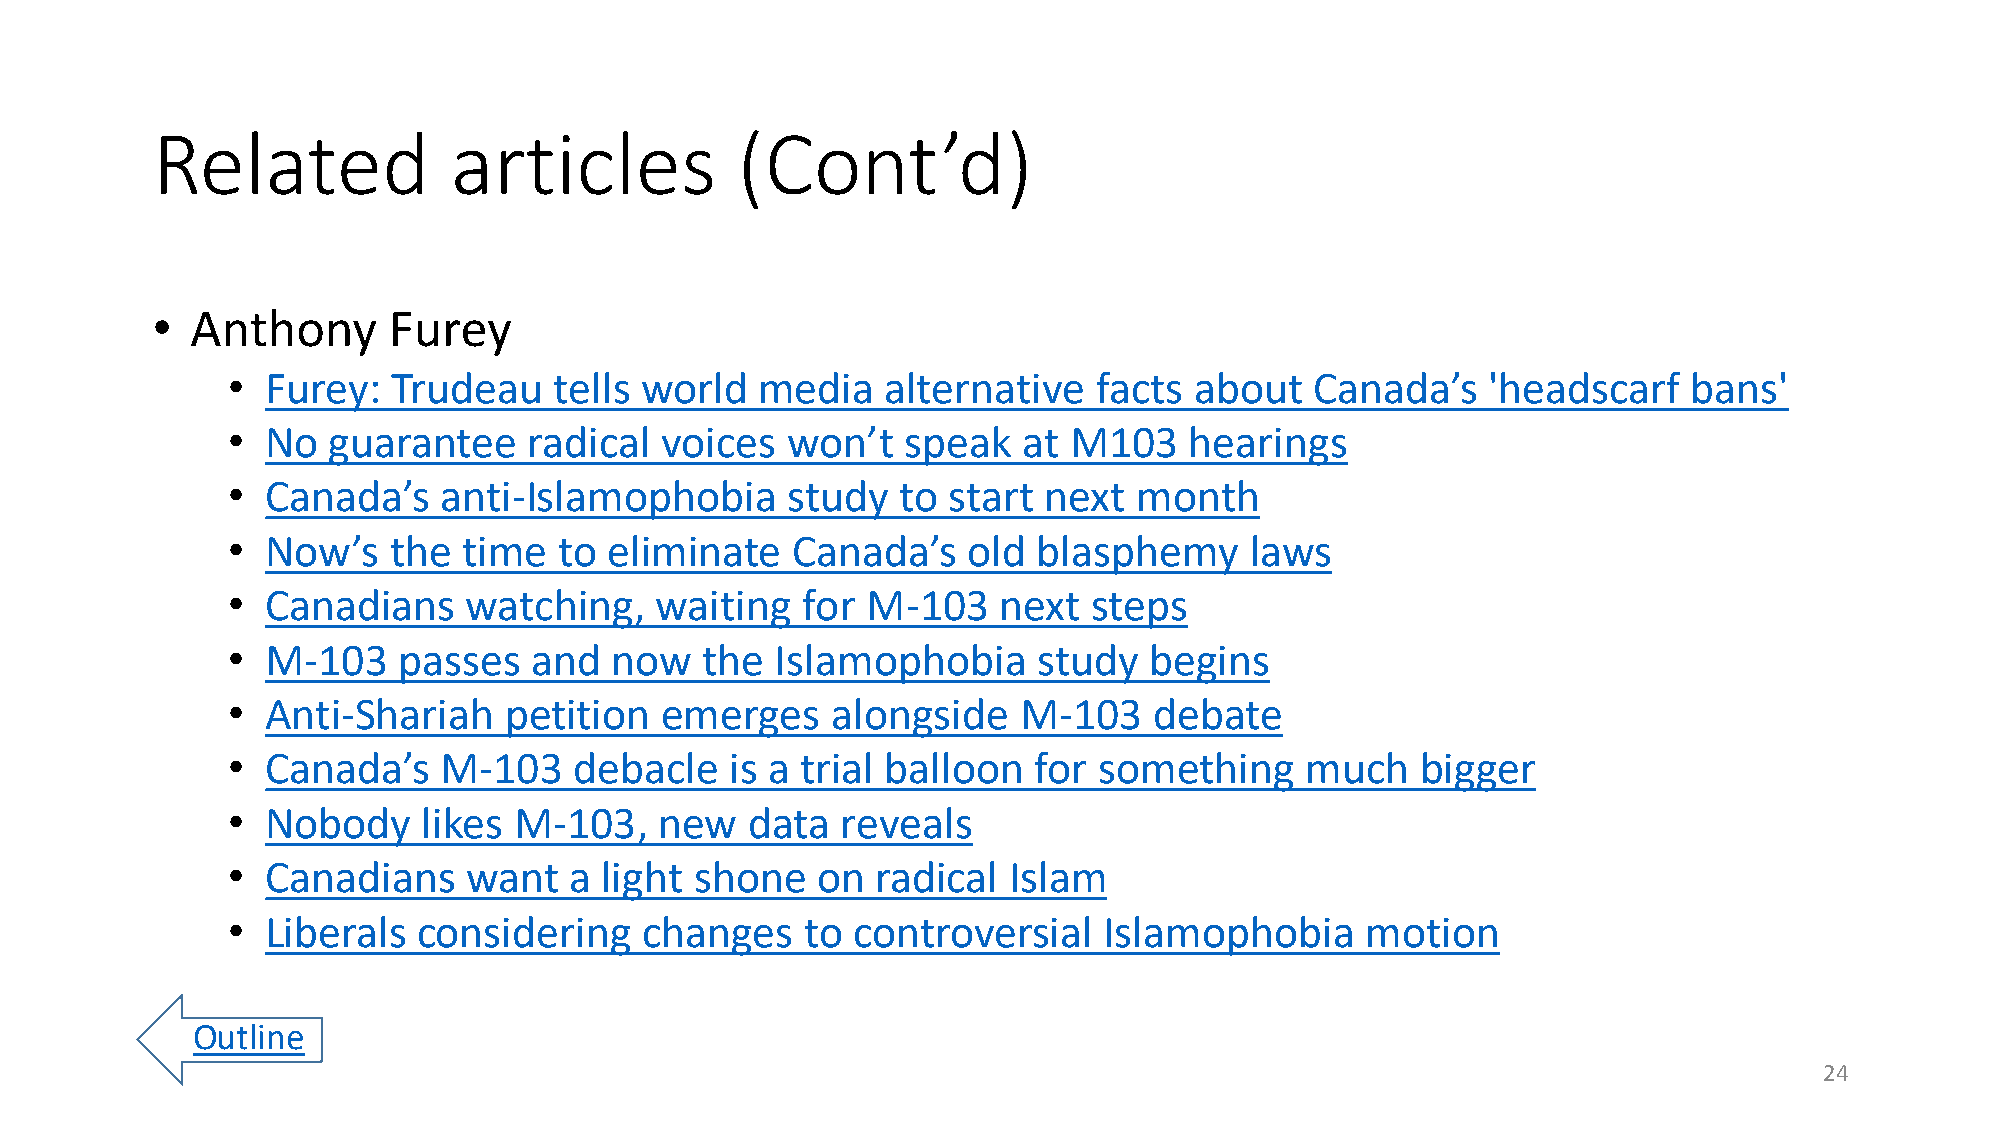
Related             articles           (Cont’d)
 •  Anthony      Furey
 •  Furey:  Trudeau    tells world  media    alternative  facts  about   Canada’s   'headscarf    bans'
 •  No  guarantee    radical  voices  won’t   speak   at M103    hearings
 •  Canada’s   anti-Islamophobia      study  to  start next  month
 •  Now’s   the  time  to eliminate   Canada’s    old  blasphemy     laws
 •  Canadians    watching,   waiting   for M-103    next  steps
 •  M-103   passes   and  now    the Islamophobia      study  begins
 •  Anti-Shariah   petition   emerges    alongside   M-103    debate
 •  Canada’s   M-103    debacle   is a trial balloon  for  something    much    bigger
 •  Nobody    likes M-103,    new   data  reveals
 •  Canadians    want   a light shone   on  radical  Islam
 •  Liberals  considering   changes    to controversial    Islamophobia     motion
 Outline
 24